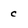
Character: c